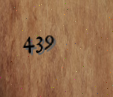
439